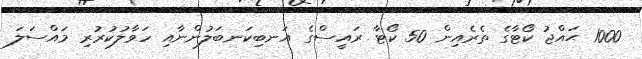
1000 ޙައްޖު ކޯޓާގެ ތެރެއިން 50 ކޯޓާ ރައީސްގެ އަނބިކަނބަލުންނާއި ހަވާލުކުރުރި މައްސަލަ